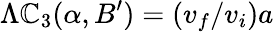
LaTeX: \Lambda\mathbb{C}_{3}(\alpha,B^{\prime})=(v_{f}/v_{i})a